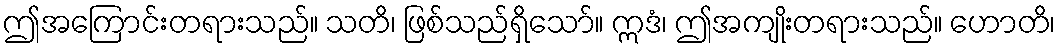
ဤအကြောင်းတရားသည်။ သတိ၊ ဖြစ်သည်ရှိသော်။ ဣဒံ၊ ဤအကျိုးတရားသည်။ ဟောတိ၊